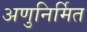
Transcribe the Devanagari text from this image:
अणुनिर्मित